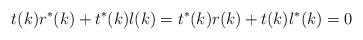
LaTeX: \begin{align*}t(k)r^{*}(k)+t^{*}(k)l(k)=t^{*}(k)r(k)+t(k)l^{*}(k)=0 \end{align*}